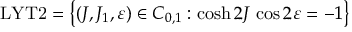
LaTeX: \mathrm { L Y T 2 } = \left\{ ( J , J _ { 1 } , \varepsilon ) \in C _ { 0 , 1 } : \cosh 2 J \, \cos 2 \varepsilon = - 1 \right\}